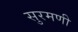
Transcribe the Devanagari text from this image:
सुरमणी